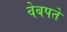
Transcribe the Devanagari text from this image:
वेबपते